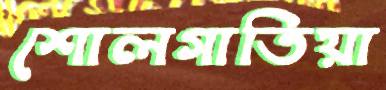
শোলগাতিয়া